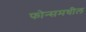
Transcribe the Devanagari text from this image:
फोन्समधील